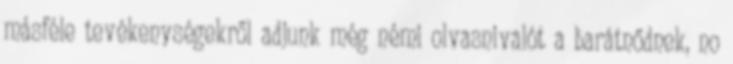
másféle tevékenységekről adjunk még némi olvasnivalót a barátnődnek, no